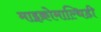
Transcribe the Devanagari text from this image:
माइक्रोमाल्थिडी